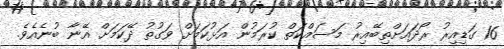
16 ގަޑިއިރު ރޯދައަށްތިބޭއިރު މަސައްކަތް ކުރަމުން އަޅުކަމަށް ވަގުތު ދޭކަމަށް އޭނާ ބުނެއެވެ.